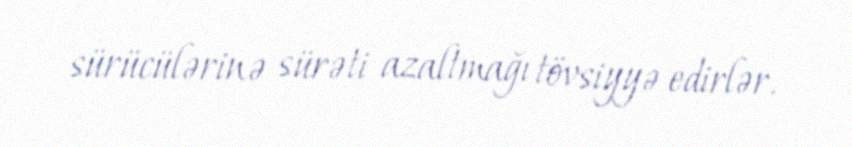
sürücülərinə sürəti azaltmağı tövsiyyə edirlər.